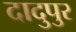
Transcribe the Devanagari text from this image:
दादुपुर